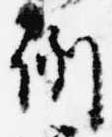
例